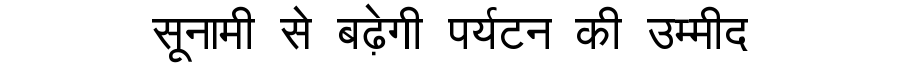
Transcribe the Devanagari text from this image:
सूनामी से बढ़ेगी पर्यटन की उम्मीद